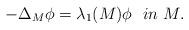
LaTeX: \begin{align*} -\Delta_M \phi = \lambda_1(M) \phi \ \ in \ M.\end{align*}